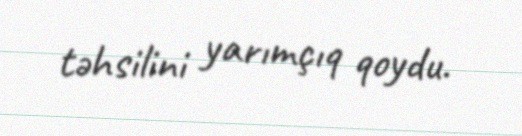
təhsilini yarımçıq qoydu.